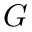
G